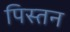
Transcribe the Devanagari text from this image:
पिस्तन